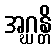
အဂ္ဃန္တိ